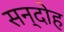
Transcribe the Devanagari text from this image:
सन्दोह